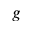
_ g